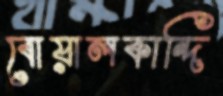
বোয়ালকান্দি